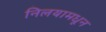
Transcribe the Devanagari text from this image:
निलयामधून